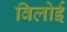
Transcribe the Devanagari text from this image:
विलोई